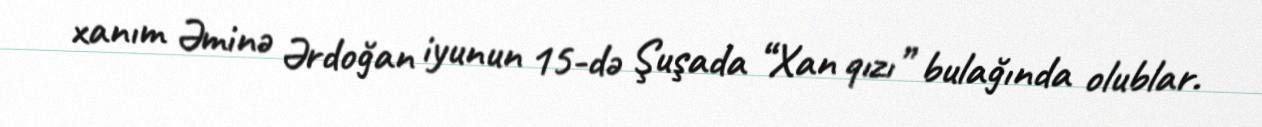
xanım Əminə Ərdoğan iyunun 15-də Şuşada “Xan qızı” bulağında olublar.